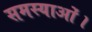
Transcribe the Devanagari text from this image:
समस्याओं।